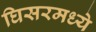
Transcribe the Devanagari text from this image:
घिसरमध्ये